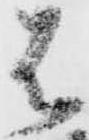
は